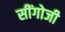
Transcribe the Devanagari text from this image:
सींगोजी